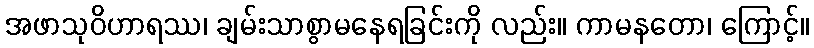
အဖာသုဝိဟာရဿ၊ ချမ်းသာစွာမနေရခြင်းကို လည်း။ ကာမနတော၊ ကြောင့်။